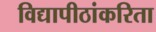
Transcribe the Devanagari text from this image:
विद्यापीठांकरिता